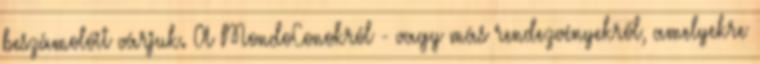
beszámolóit várjuk. A MondoConokról - vagy más rendezvényekről, amelyekre